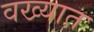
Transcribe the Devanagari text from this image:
वख्यात